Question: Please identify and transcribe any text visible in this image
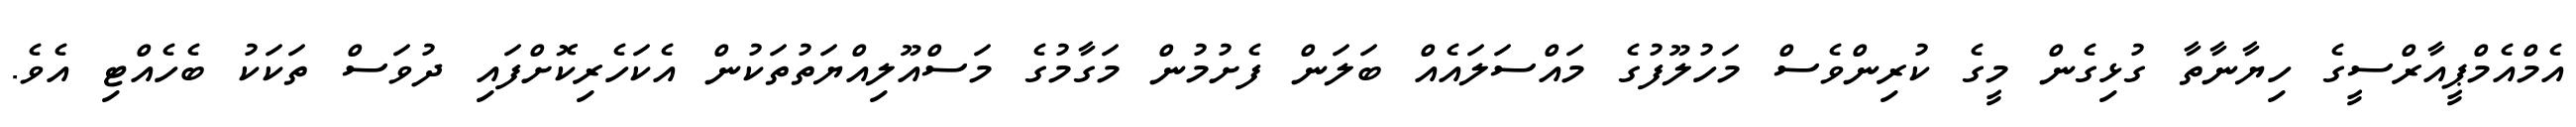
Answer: އެމްއެމްޕީއާރްސީގެ ހިޔާނާތާ ގުޅިގެން މީގެ ކުރިންވެސް މަހުލޫފުގެ މައްސަލައެއް ބަލަން ފެށުމުން މަގާމުގެ މަސްއޫލިއްޔަތުތަކުން އެކަހެރިކޮށްފައި ދުވަސް ތަކަކު ބެހެއްޓި އެވެ.